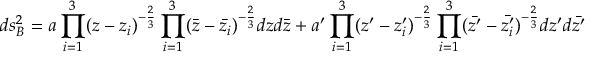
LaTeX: d s _ { B } ^ { 2 } = a \prod _ { i = 1 } ^ { 3 } ( z - z _ { i } ) ^ { - \frac { 2 } { 3 } } \prod _ { i = 1 } ^ { 3 } ( \bar { z } - \bar { z _ { i } } ) ^ { - \frac { 2 } { 3 } } d z d \bar { z } + a ^ { \prime } \prod _ { i = 1 } ^ { 3 } ( z ^ { \prime } - z _ { i } ^ { \prime } ) ^ { - \frac { 2 } { 3 } } \prod _ { i = 1 } ^ { 3 } ( \bar { z ^ { \prime } } - \bar { z _ { i } ^ { \prime } } ) ^ { - \frac { 2 } { 3 } } d z ^ { \prime } d \bar { z ^ { \prime } }